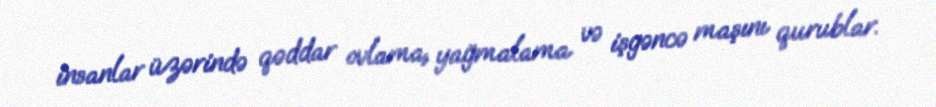
insanlar üzərində qəddar ovlama, yağmalama və işgəncə maşını qurublar.